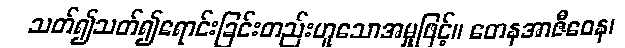
သတ်၍သတ်၍ရောင်းခြင်းတည်းဟူသောအမှုဖြင့်။ တေနအာဇီဝေန၊